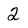
Character: 2